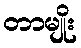
တာမျိုး